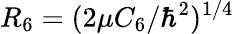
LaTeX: R_{6}=(2\mu C_{6}/\hbar^{2})^{1/4}